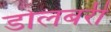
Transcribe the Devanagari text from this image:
डोलबरी